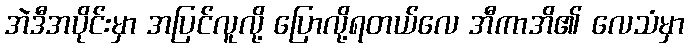
အဲဒီအပိုင်းမှာ အပြင်လူလို့ ပြောလို့ရတယ်လေ အီကာအိ၏ လေသံမှာ